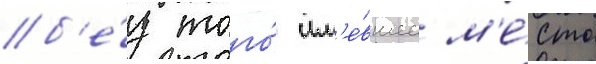
б'е́з того́ им'е́вшее м'е́сто